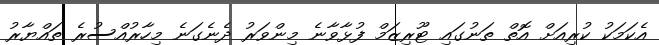
އެކަމަކު ކުރިއަށް އޮތް ތަނުގައި ޓޫރިޒަމް ފުޅާވާނެ މިންވަރު ދެނެގަނެ މިހާރުއްސުރެ ތައްޔާރު